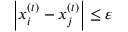
\left| x _ { i } ^ { ( t ) } - x _ { j } ^ { ( t ) } \right| \leq \varepsilon